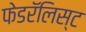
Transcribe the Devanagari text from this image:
फेडरॅलिस्ट